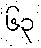
၆၃